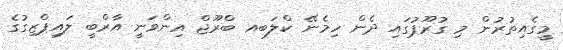
މީގެއިތުރުން މި ގުރޫޕުގައި ދެން ހިމެނޭ ކްލަބއ ބްރޫޖް އިންވަނީ އާރްބީ ލައިޕްޒިގުގެ